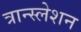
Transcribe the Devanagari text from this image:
त्रान्स्लेशन